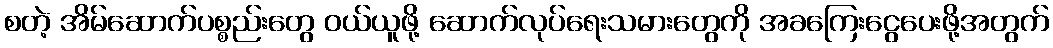
စတဲ့ အိမ်ဆောက်ပစ္စည်းတွေ ဝယ်ယူဖို့ ဆောက်လုပ်ရေးသမားတွေကို အခကြေးငွေပေးဖို့အတွက်